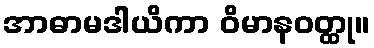
အာဓာမဒါယိကာ ဝိမာနဝတ္ထု။